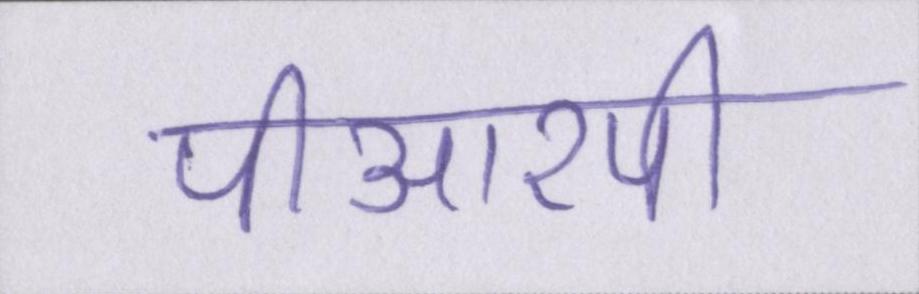
पीआरपी